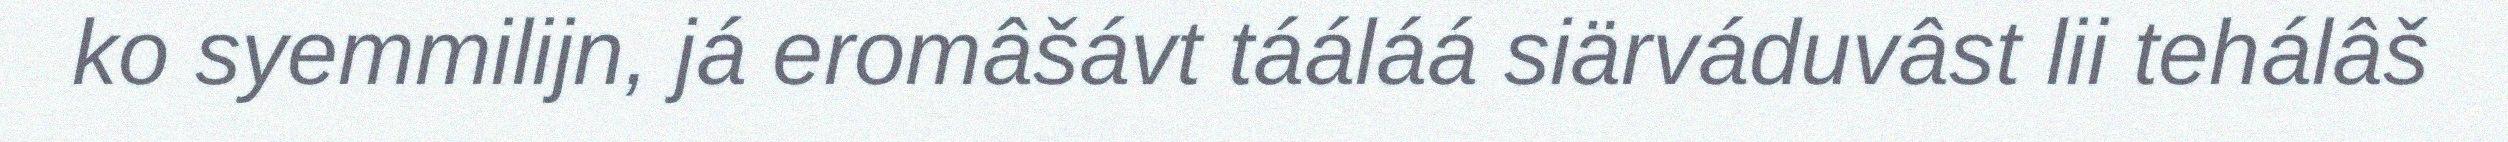
ko syemmilijn, já eromâšávt tááláá siärváduvâst lii tehálâš